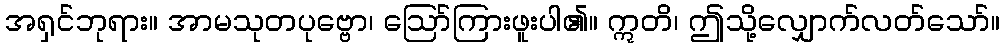
အရှင်ဘုရား။ အာမသုတပုဗ္ဗော၊ ဩော်ကြားဖူးပါ၏။ ဣတိ၊ ဤသို့လျှောက်လတ်သော်။